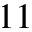
1 1